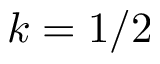
k = 1 / 2